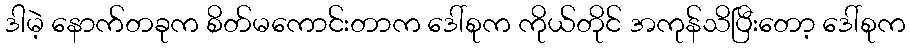
ဒါမဲ့ နောက်တခုက စိတ်မကောင်းတာက ဒေါ်စုက ကိုယ်တိုင် အကုန်သိပြီးတော့ ဒေါ်စုက